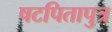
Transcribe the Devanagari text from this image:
षटपितापुत्र